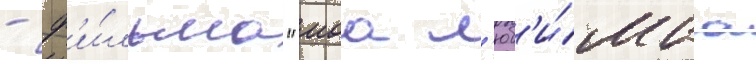
- ф'и́льма "моа л'юб'и́маа